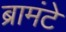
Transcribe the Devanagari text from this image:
ब्रामंटे